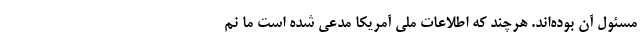
مسئول آن بوده‌اند. هرچند که اطلاعات ملی آمریکا مدعی شده است ما نم